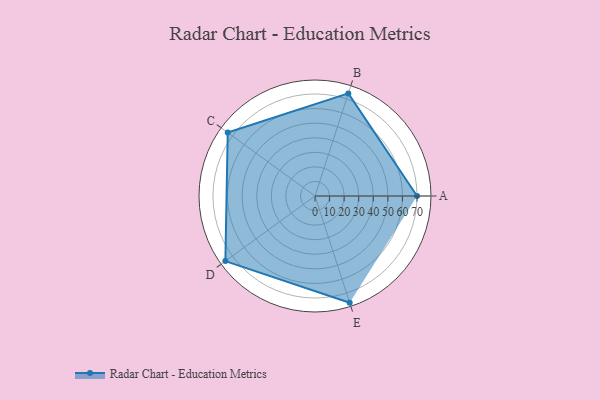
{"axis": {"x": "Skill", "y": "Score"}, "legend": ["Profile"], "data": [{"x": "A", "y": 70.0, "type": "Profile"}, {"x": "B", "y": 74.0, "type": "Profile"}, {"x": "C", "y": 74.0, "type": "Profile"}, {"x": "D", "y": 76.0, "type": "Profile"}, {"x": "E", "y": 77.0, "type": "Profile"}]}